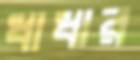
ধাধার